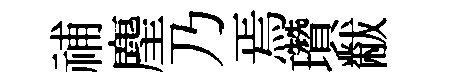
𥙷麈乃焉瓚黻